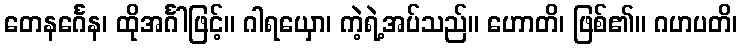
တေနင်္ဂေန၊ ထိုအင်္ဂါဖြင့်။ ဂါရယှော၊ ကဲ့ရဲ့အပ်သည်။ ဟောတိ၊ ဖြစ်၏။ ဂဟပတိ၊